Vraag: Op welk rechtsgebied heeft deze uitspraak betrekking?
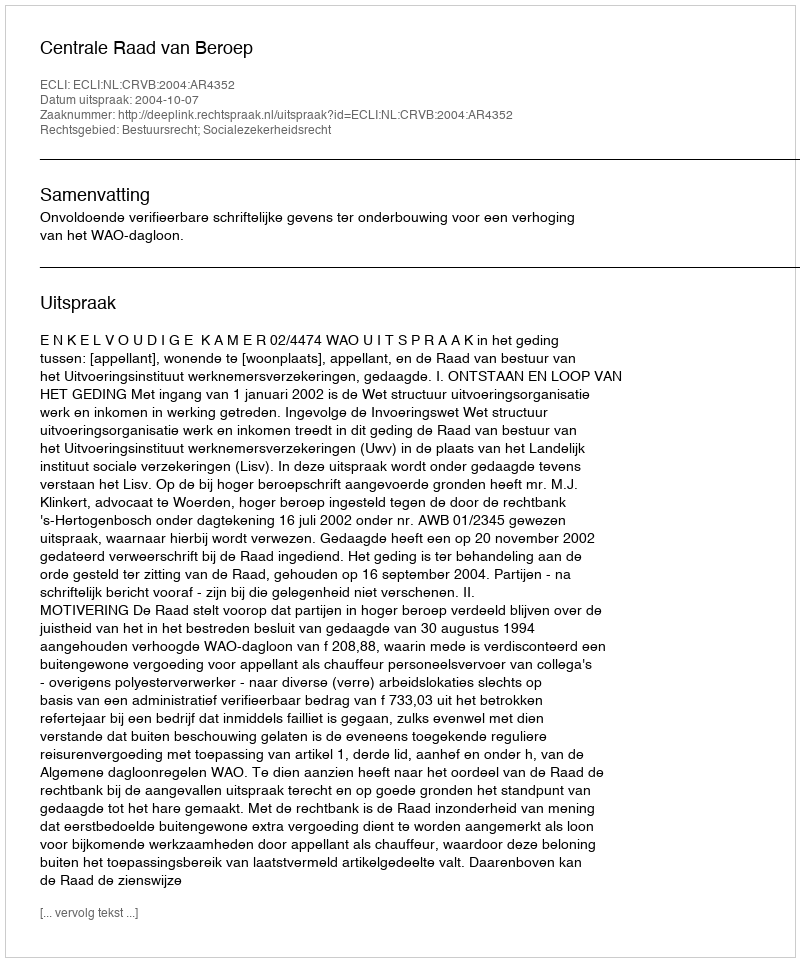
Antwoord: Bestuursrecht; Socialezekerheidsrecht